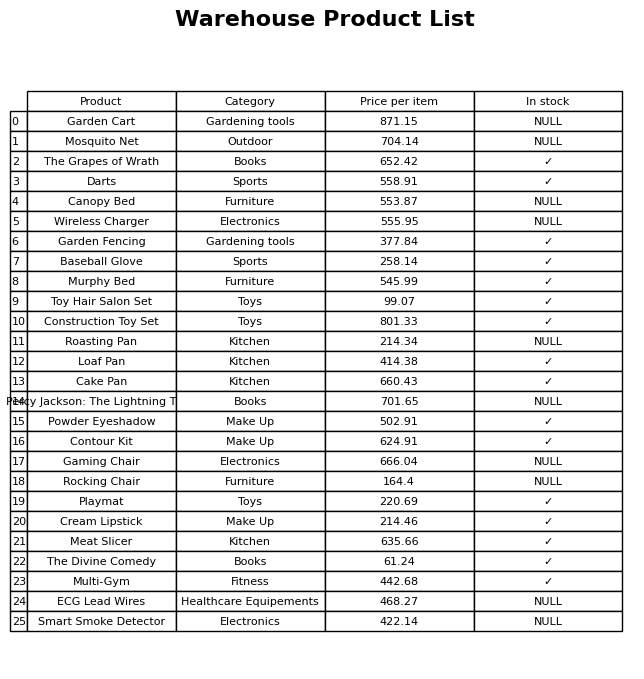
question: What is the price of the Wireless Charger?
answer: The price of Wireless Charger is 555.95.